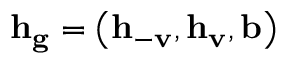
\mathbf { h } _ { \mathbf { g } } = \left( \mathbf { h } _ { - \mathbf { v } } , \mathbf { h } _ { \mathbf { v } } , \mathbf { b } \right)